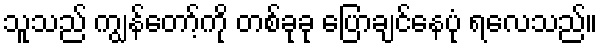
သူသည် ကျွန်တော့်ကို တစ်ခုခု ပြောချင်နေပုံ ရလေသည်။